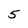
Character: 5